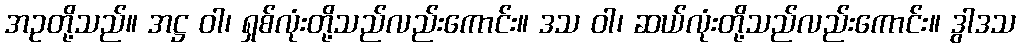
အဥတို့သည်။ အဋ္ဌ ဝါ၊ ရှစ်လုံးတို့သည်လည်းကောင်း။ ဒသ ဝါ၊ ဆယ်လုံးတို့သည်လည်းကောင်း။ ဒွါဒသ